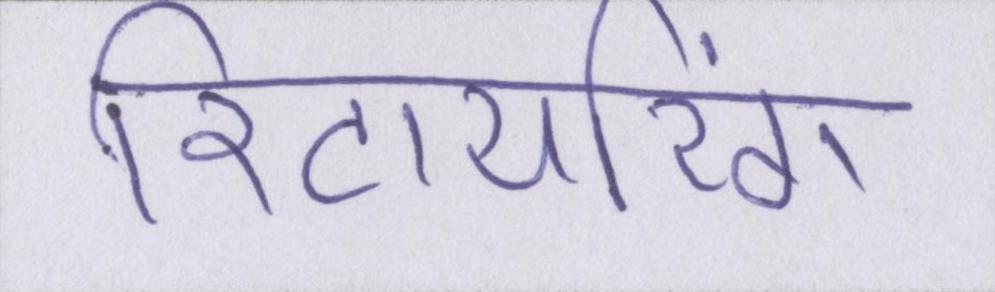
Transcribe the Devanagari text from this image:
रिटायरिंग